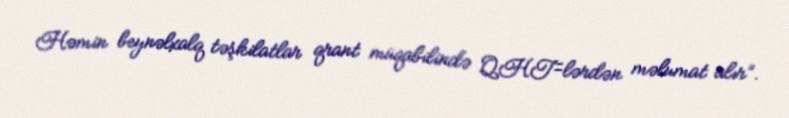
Həmin beynəlxalq təşkilatlar qrant müqabilində QHT-lərdən məlumat alır”.